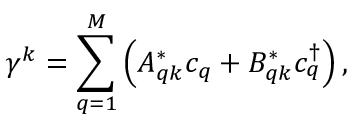
\gamma ^ { k } = \sum _ { q = 1 } ^ { M } \left( A _ { q k } ^ { * } c _ { q } + B _ { q k } ^ { * } c _ { q } ^ { \dag } \right) ,